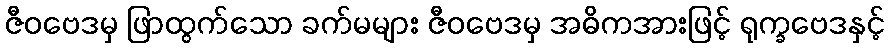
ဇီဝဗေဒမှ ဖြာထွက်သော ခက်မများ ဇီဝဗေဒမှ အဓိကအားဖြင့် ရုက္ခဗေဒနှင့်